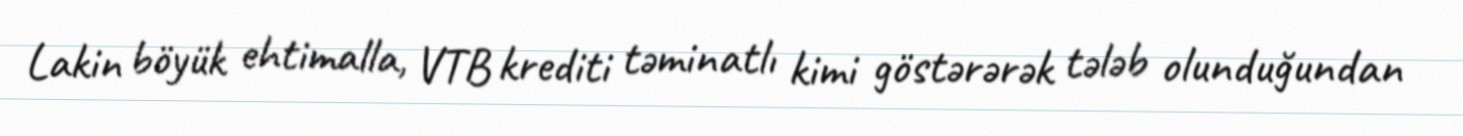
Lakin böyük ehtimalla, VTB krediti təminatlı kimi göstərərək tələb olunduğundan